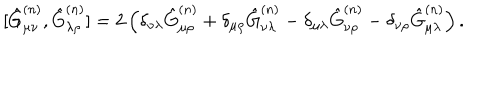
[ \hat { G } _ { \mu \nu } ^ { ( n ) } , \hat { G } _ { \lambda \rho } ^ { ( n ) } ] = 2 \left( \delta _ { \nu \lambda } \hat { G } _ { \mu \rho } ^ { ( n ) } + \delta _ { \mu \rho } \hat { G } _ { \nu \lambda } ^ { ( n ) } - \delta _ { \mu \lambda } \hat { G } _ { \nu \rho } ^ { ( n ) } - \delta _ { \nu \rho } \hat { G } _ { \mu \lambda } ^ { ( n ) } \right) .